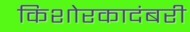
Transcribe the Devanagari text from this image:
किशोरकादंबरी